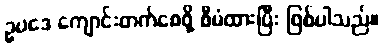
ဥပဒေ ကျောင်းတက်စေဖို့ စီမံထားပြီး ဖြစ်ပါသည်။